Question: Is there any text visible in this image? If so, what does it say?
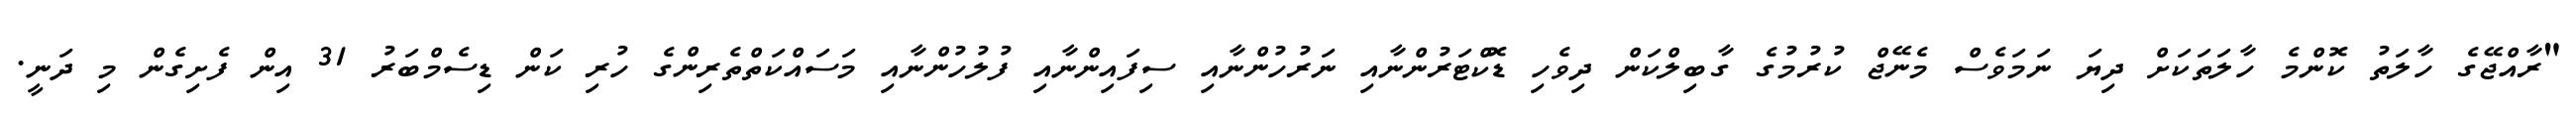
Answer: "ރާއްޖޭގެ ހާލަތު ކޮންމެ ހާލަތަކަށް ދިޔަ ނަމަވެސް މެނޭޖް ކުރުމުގެ ގާބިލްކަން ދިވެހި ޑޮކްޓަރުންނާއި ނަރުހުންނާއި ސިފައިންނާއި ފުލުހުންނާއި މަސައްކަތްތެރިންގެ ހުރި ކަން ޑިސެމްބަރު 31 އިން ފެށިގެން މި ދަނީ.